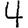
Digit: 4